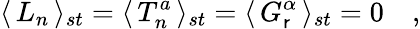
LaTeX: \langle\, L_{n}\, \rangle_{st}=\langle\, T_{n}^{a}\, \rangle_{st}=\langle\, G_{\mathsf{r}}^{\alpha}\, \rangle_{st}=0\quad,